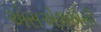
એસએલએસી